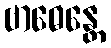
ဗာဓေန္တေ